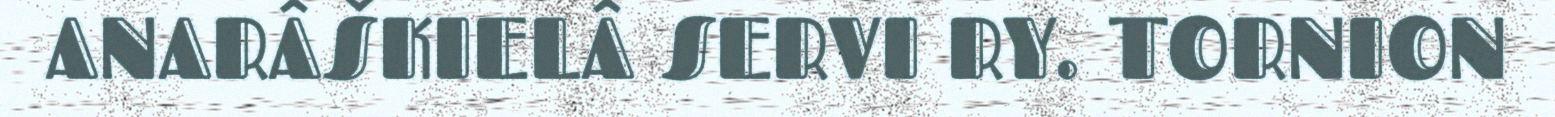
ANARÂŠKIELÂ SERVI RY. TORNION